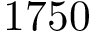
1 7 5 0